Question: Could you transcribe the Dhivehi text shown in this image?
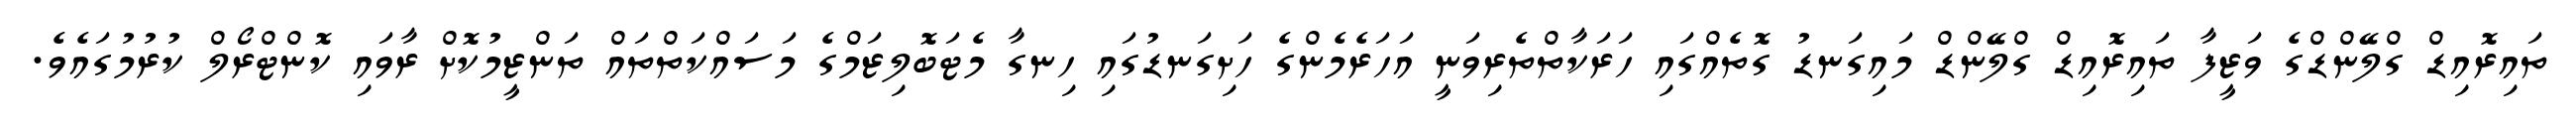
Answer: ތައިރޮއިޑް ގްލޭންޑްގެ ވަޒީފާ ތައިރޮއިޑް ގްލޭންޑް މައިގަނޑު ގޮތެއްގައި ހަރަކާތްތެރިވަނީ އަހަރެމެންގެ ހަށިގަނޑުގައި ހިނގާ މެޓަބޮލިޒަމްގެ މަސައްކަތްތައް ތަންޒީމުކޮށް ރާވައި ކޮންޓްރޯލް ކުރުމުގައެވެ.